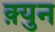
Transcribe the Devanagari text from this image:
क़्युन